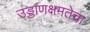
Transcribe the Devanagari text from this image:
उड्डाणक्षमतेचा